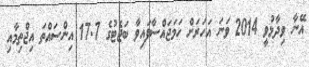
އޭނާ ވިދާޅުވީ 2014 ވަނަ އަހަރަށް ހަމަޖައްސާފައިވާ ބަޖެޓުގެ 17.7 އިންސައްތަ އިޖްތިމާއި